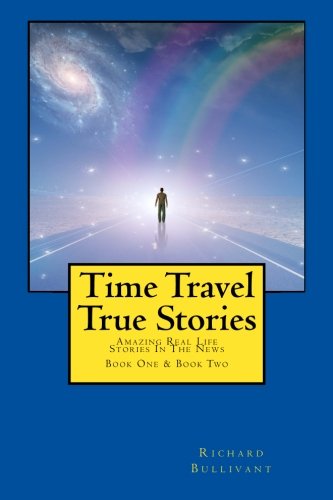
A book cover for Time Travel True Stories: Amazing Real Life Stories In The News (Book 1 & 2); Richard Bullivant; Science & Math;